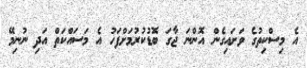
އެ މިސްކިތުގެ ވަށައިގެން އޮންނަ ޖާގަ ބޮޑުކުރުމަށްފަހު އެ މަސައްކަތް އަދި ނުނިމޭ